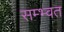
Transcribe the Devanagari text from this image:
सम्भ्वत